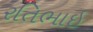
રતિભાઇ